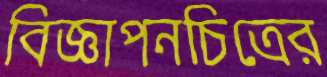
বিজ্ঞাপনচিত্রের